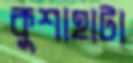
কুশাহাটা